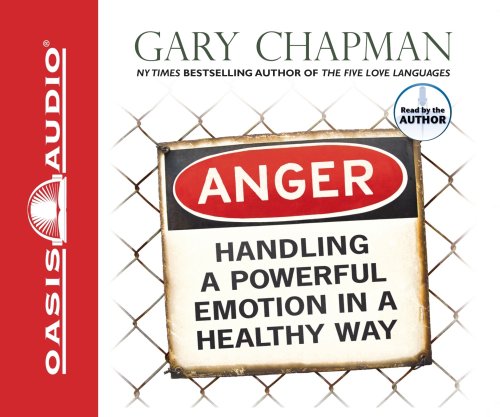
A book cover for Anger: Handling a Powerful Emotion in a Healthy Way; Gary Chapman; Self-Help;